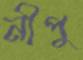
নীপু